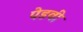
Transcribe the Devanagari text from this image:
पेडवी